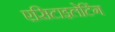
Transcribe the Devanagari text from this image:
एसिटाइलेटिंग